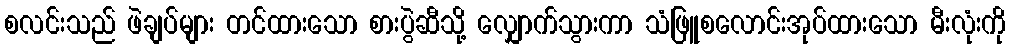
စလင်းသည် ဖဲချပ်များ တင်ထားသော စားပွဲဆီသို့ လျှောက်သွားကာ သံဖြူစလောင်းအုပ်ထားသော မီးလုံးကို